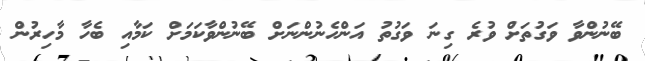
ބޭނުންވާ ވަގުތަށް ވުރެ ގިނަ ވަގުތު އަންހެނުންނަށް ބޭނުންވާކަމަށް ކަމާއި ބެހާ މާހިރުން